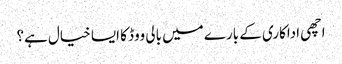
اچھی اداکاری کے بارے میں بالی ووڈ کا ایسا خیال ہے؟